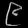
Digit: ၉